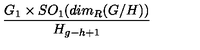
\frac { G _ { 1 } \times S O _ { 1 } ( d i m _ { R } ( G / H ) ) } { H _ { g - h + 1 } }